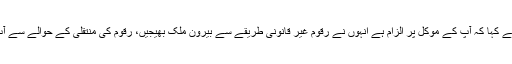
جسٹس آصف سعید کھوسہ نے کہا کہ آپ کے موکل پر الزام ہے انہوں نے رقوم غیر قانونی طریقے سے بیرون ملک بھیجیں، رقوم کی منتقلی کے حوالے سے آپ کو تفصیلات دینا ہوں گی۔